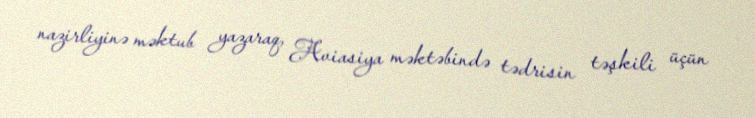
nazirliyinə məktub yazaraq, Aviasiya məktəbində tədrisin təşkili üçün